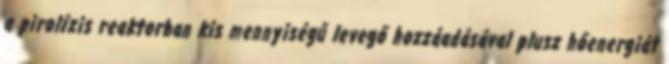
a pirolízis reaktorban kis mennyiségű levegő hozzáadásával plusz hőenergiát